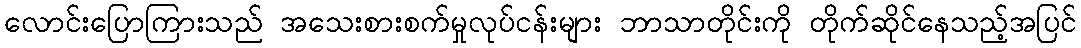
လောင်းပြောကြားသည် အသေးစားစက်မှုလုပ်ငန်းများ ဘာသာတိုင်းကို တိုက်ဆိုင်နေသည့်အပြင်